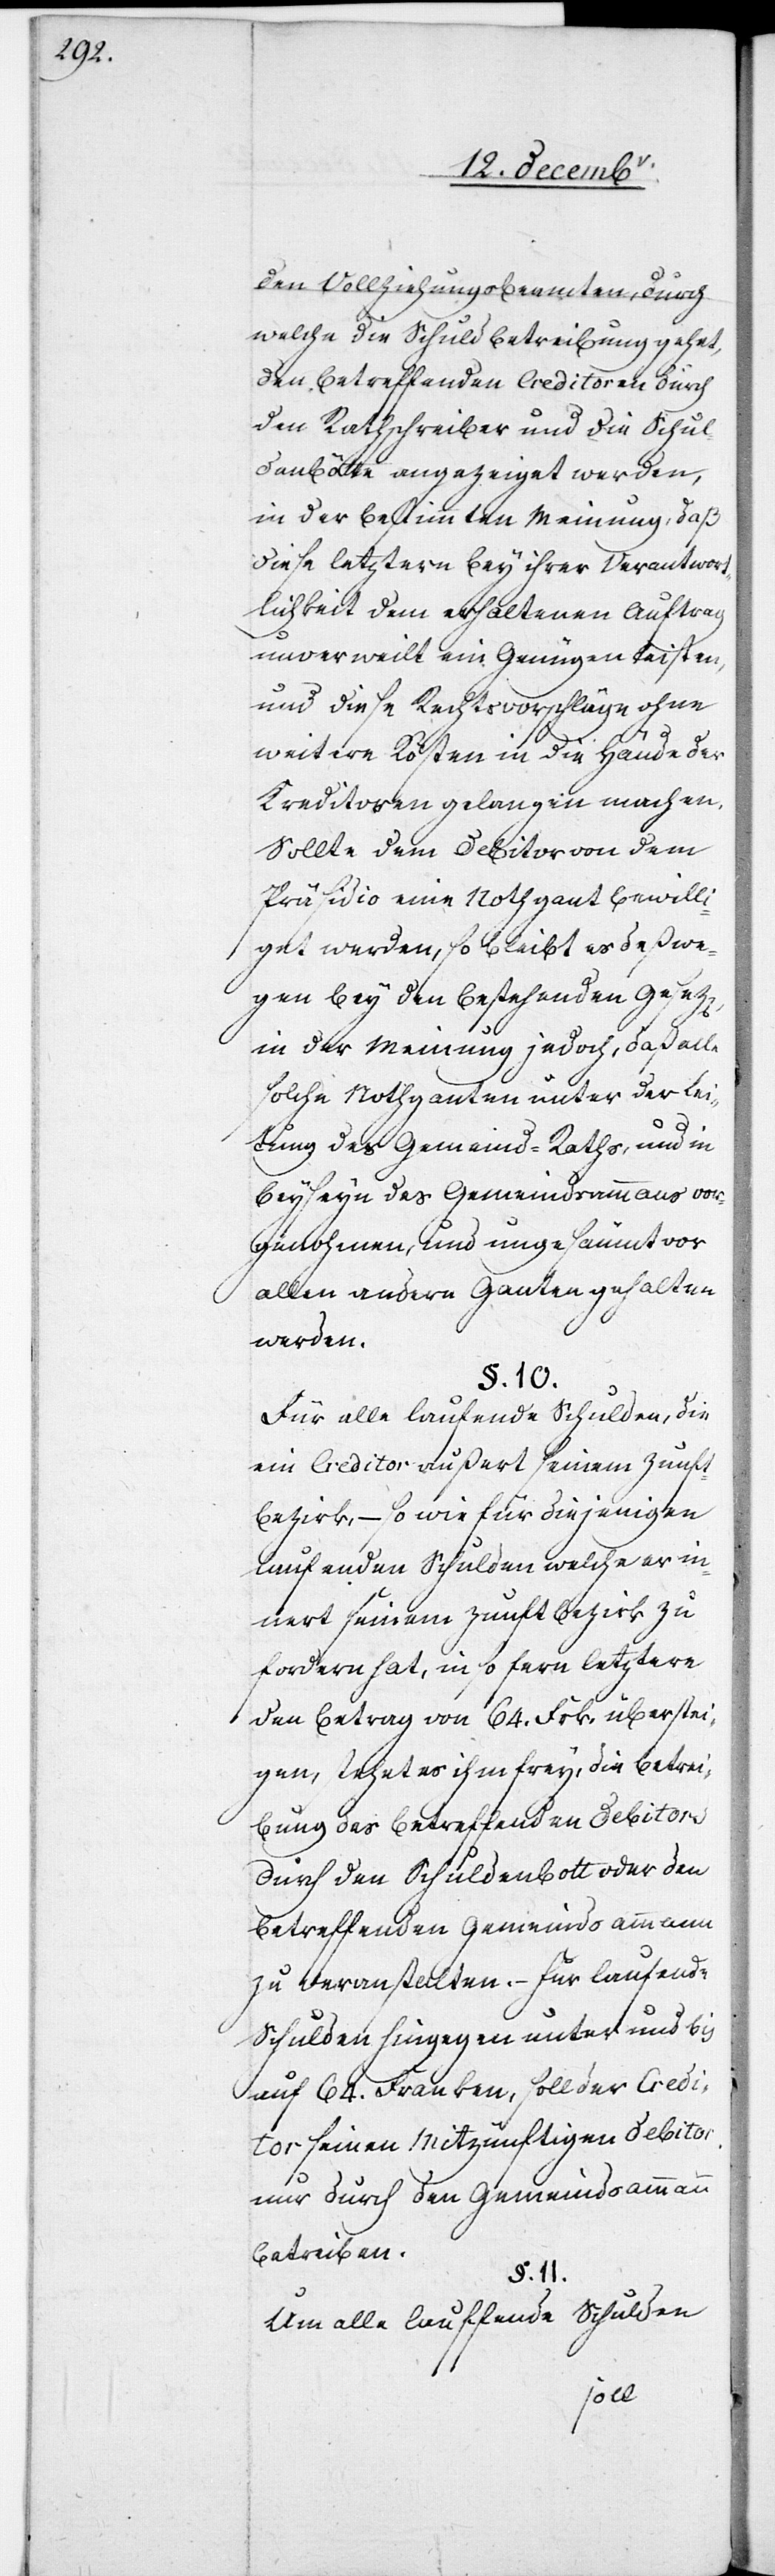
den Vollziehungsbeamten, durch
welche die Schuldbetreibung gehet,
den betreffenden Creditoren durch
den Rathschreiber und die Schul¬
denbötte angezeiget werden,
in der bestimmten Meinung, daß
diese leztern bey ihrer Verantwor¬
tlichkeit dem erhaltenen Auftrag
unverweilt ein Genügen leisten,
und diese Rechtsvorschläge ohne
weitere Kosten in die Hände der
Kreditoren gelangen machen.
Sollte dem Debitor von dem
Präsidio eine Nothgant bewilli¬
get werden, so bleibt es deßwe¬
gen bey den bestehenden Gesez[en],
in der Meinung jedoch, daß alle
solche Nothganten unter der Lei¬
tung des Gemeind-Raths, und in
Beyseyn des Gemeindsammanns vor¬
genohmen, und ungesäumt vor
allen andern Ganten gehalten
werden.
§. 10.
Für alle laufende Schulden, die
ein Creditor außert seinem Zunft¬
bezirk, – so wie für diejenigen
laufenden Schulden welche er in¬
nert seinem Zunftbezirk zu
fordern hat, in so fern leztere
den Betrag von 64. Frk. überstei¬
gen, stehet es ihm frey, die Betrei¬
bung des betreffenden Debitor[en]
durch den Schuldenbott oder den
betreffenden Gemeindsammann
zu veranstalten. – Für laufende
Schulden hingegen unter und bis
auf 64. Franken, soll der Credi¬
tor seinen Mizünftigen Debitor
nur durch den Gemeindsammann
betreiben.
§. 11.
Um alle lauffende Schulden